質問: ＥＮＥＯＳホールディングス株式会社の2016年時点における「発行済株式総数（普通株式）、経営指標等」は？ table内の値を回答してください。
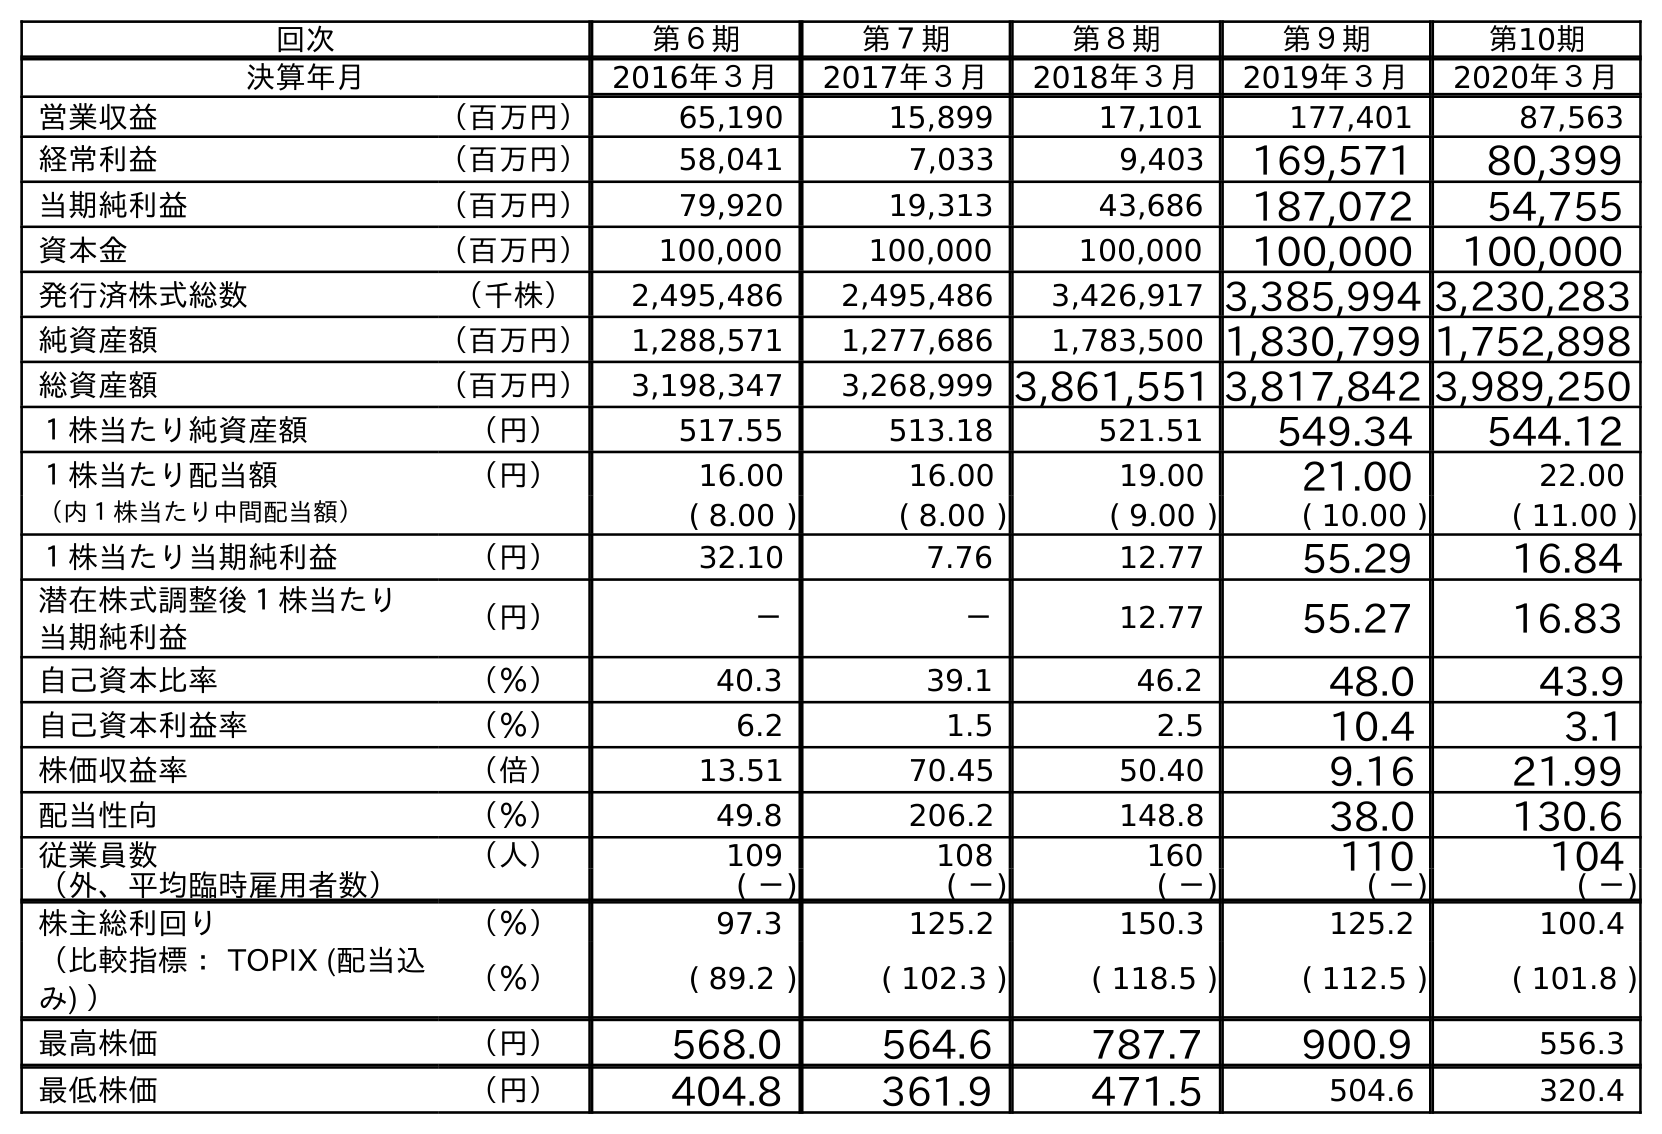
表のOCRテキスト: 回次 第６期 第７期 第８期 第９期 第10期 決算年月 2016年３月 2017年３月 2018年３月 2019年３月 2020年３月 営業収益 （百万円） 65,190 15,899 17,101 177,401 87,563 経常利益 （百万円） 58,041 7,033 9,403 169,571 80,399 当期純利益 （百万円） 79,920 19,313 43,686 187,072 54,755 資本金 （百万円） 100,000 100,000 100,000 100,000 100,000 発行済株式総数 （千株） 2,495,486 2,495,486 3,426,917 3,385,994 3,230,283 純資産額 （百万円） 1,288,571 1,277,686 1,783,500 1,830,799 1,752,898 総資産額 （百万円） 3,198,347 3,268,999 3,861,551 3,817,842 3,989,250 １株当たり純資産額 （円） 517.55 513.18 521.51 549.34 544.12 １株当たり配当額 （円） 16.00 16.00 19.00 21.00 22.00 （内１株当たり中間配当額） ( 8.00 ) ( 8.00 ) ( 9.00 ) ( 10.00 ) ( 11.00 ) １株当たり当期純利益 （円） 32.10 7.76 12.77 55.29 16.84 潜在株式調整後１株当たり 当期純利益 （円） － － 12.77 55.27 16.83 自己資本比率 （％） 40.3 39.1 46.2 48.0 43.9 自己資本利益率 （％） 6.2 1.5 2.5 10.4 3.1 株価収益率 （倍） 13.51 70.45 50.40 9.16 21.99 配当性向 （％） 49.8 206.2 148.8 38.0 130.6 従業員数 （人） 109 108 160 110 104 （外、平均臨時雇用者数） ( －) ( －) ( －) ( －) ( －) 株主総利回り （％） 97.3 125.2 150.3 125.2 100.4 （比較指標： TOPIX (配当込 み) ） （％） ( 89.2 ) ( 102.3 ) ( 118.5 ) ( 112.5 ) ( 101.8 ) 最高株価 （円） 568.0 564.6 787.7 900.9 556.3 最低株価 （円） 404.8 361.9 471.5 504.6 320.4
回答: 2,495,486